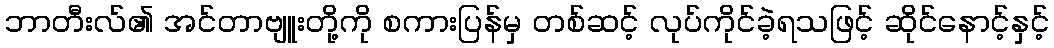
ဘာတီးလ်၏ အင်တာဗျူးတို့ကို စကားပြန်မှ တစ်ဆင့် လုပ်ကိုင်ခဲ့ရသဖြင့် ဆိုင်နောင့်နှင့်